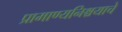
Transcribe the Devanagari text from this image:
प्रामाण्यनिश्चयाचे